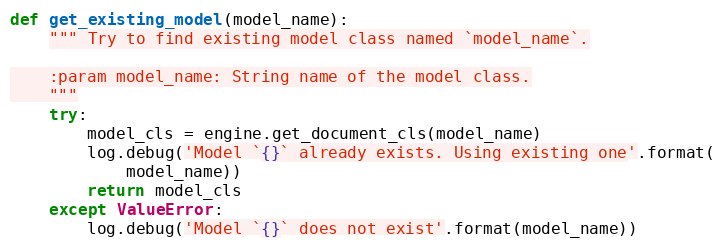
Language: Python
def get_existing_model(model_name):
    """ Try to find existing model class named `model_name`.

    :param model_name: String name of the model class.
    """
    try:
        model_cls = engine.get_document_cls(model_name)
        log.debug('Model `{}` already exists. Using existing one'.format(
            model_name))
        return model_cls
    except ValueError:
        log.debug('Model `{}` does not exist'.format(model_name))